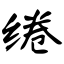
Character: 绻